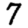
Digit: 7